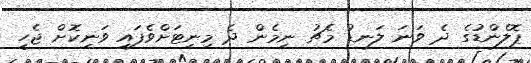
ޕޮލެންޑުގެ ދެ ވަނަ ލަނޑު މެޗު ނިމެން ދެ މިނިޓަށްވެފައި ވަނިކޮށް ޖެހީ